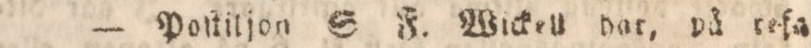
— Poſtiljon S. F. Wickell har, på refa